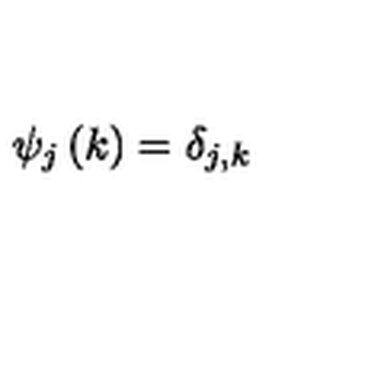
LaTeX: \psi _ { j } \left( k \right) = \delta _ { j , k }